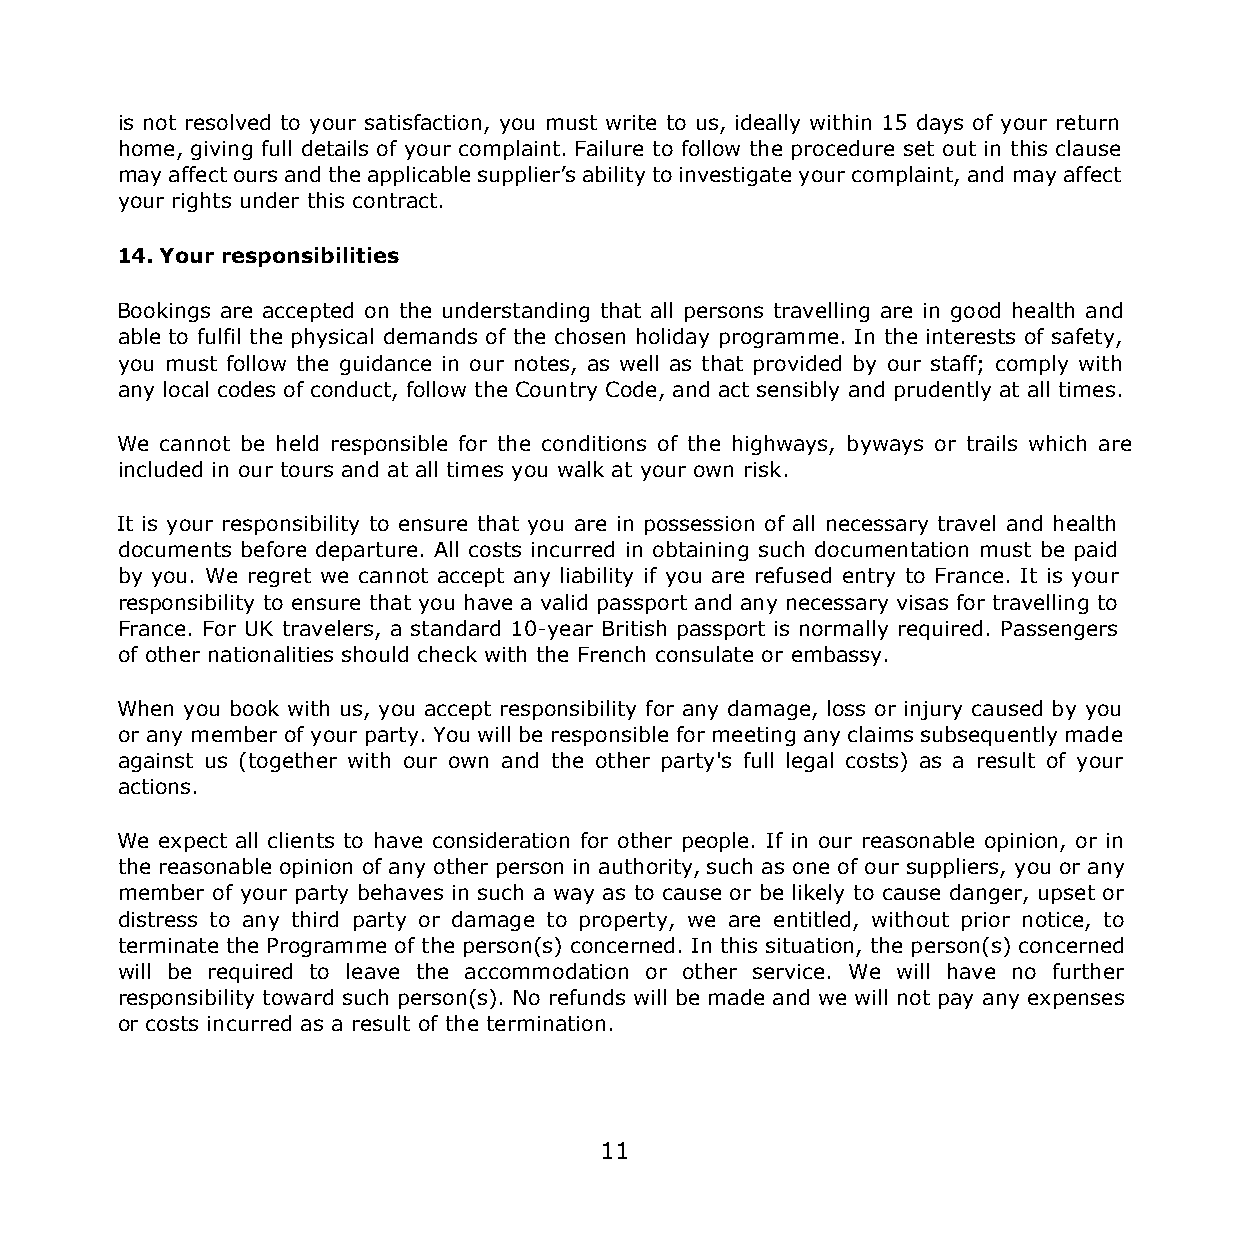
is not resolved to your satisfaction, you must write to us, ideally within 15 days of your return
 home, giving full details of your complaint. Failure to follow the procedure set out in this clause
 may affect ours and the applicable supplier’s ability to investigate your complaint, and may affect
 your rights under this contract.
 14. Your responsibilities
 Bookings are accepted on the understanding that all persons travelling are in good health and
 able to fulfil the physical demands of the chosen holiday programme. In the interests of safety,
 you must follow the guidance in our notes, as well as that provided by our staff; comply with
 any local codes of conduct, follow the Country Code, and act sensibly and prudently at all times.
 We cannot be held responsible for the conditions of the highways, byways or trails which are
 included in our tours and at all times you walk at your own risk.
 It is your responsibility to ensure that you are in possession of all necessary travel and health
 documents before departure. All costs incurred in obtaining such documentation must be paid
 by you. We regret we cannot accept any liability if you are refused entry to France. It is your
 responsibility to ensure that you have a valid passport and any necessary visas for travelling to
 France. For UK travelers, a standard 10-year British passport is normally required. Passengers
 of other nationalities should check with the French consulate or embassy.
 When you book with us, you accept responsibility for any damage, loss or injury caused by you
 or any member of your party. You will be responsible for meeting any claims subsequently made
 against us (together with our own and the other party's full legal costs) as a result of your
 actions.
 We expect all clients to have consideration for other people. If in our reasonable opinion, or in
 the reasonable opinion of any other person in authority, such as one of our suppliers, you or any
 member of your party behaves in such a way as to cause or be likely to cause danger, upset or
 distress to any third party or damage to property, we are entitled, without prior notice, to
 terminate the Programme of the person(s) concerned. In this situation, the person(s) concerned
 will be required to leave the accommodation or other service. We will have no further
 responsibility toward such person(s). No refunds will be made and we will not pay any expenses
 or costs incurred as a result of the termination.
 11